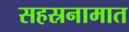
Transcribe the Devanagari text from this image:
सहस्रनामात